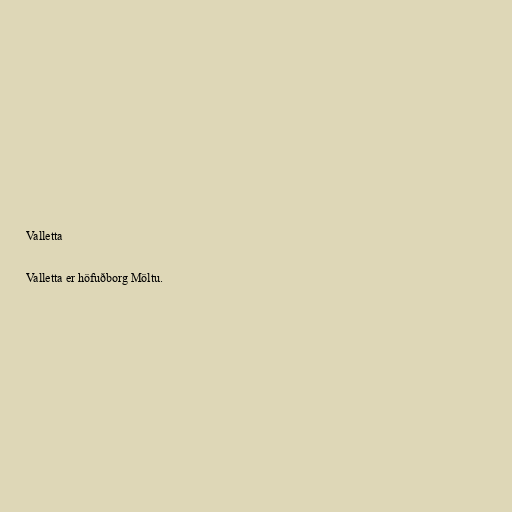
Valletta

Valletta er höfuðborg Möltu.